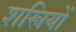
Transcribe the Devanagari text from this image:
शस्त्रियों